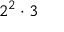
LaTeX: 2 ^ { 2 } \cdot 3